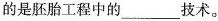
的是胚胎工程中的___技术。